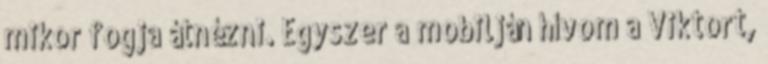
mikor fogja átnézni. Egyszer a mobilján hívom a Viktort,